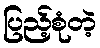
ပြည့်စုံတဲ့